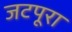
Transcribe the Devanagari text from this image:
जटपूरा